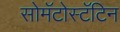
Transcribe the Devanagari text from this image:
सोमॅटोस्टॅटिन